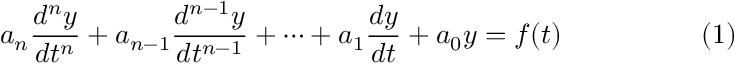
a _ { n } { \frac { d ^ { n } y } { d t ^ { n } } } + a _ { n - 1 } { \frac { d ^ { n - 1 } y } { d t ^ { n - 1 } } } + \cdots + a _ { 1 } { \frac { d y } { d t } } + a _ { 0 } y = f ( t ) \qquad \qquad \quad ( 1 )